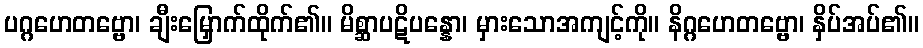
ပဂ္ဂဟေတဗ္ဗော၊ ချီးမြှောက်ထိုက်၏။ မိစ္ဆာပဋိပန္နော၊ မှားသောအကျင့်ကို။ နိဂ္ဂဟေတဗ္ဗော၊ နှိပ်အပ်၏။